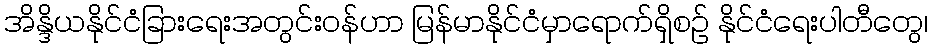
အိန္ဒိယနိုင်ငံခြားရေးအတွင်းဝန်ဟာ မြန်မာနိုင်ငံမှာရောက်ရှိစဉ် နိုင်ငံရေးပါတီတွေ၊